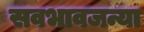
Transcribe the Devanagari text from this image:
सवभावजन्या